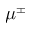
\mu ^ { \pm }